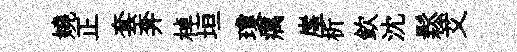
嬈正套奔棹垣瓊癘崖析欽沈鬆艾